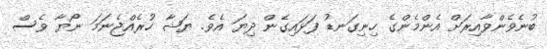
ބުނެވެންވާއިރަށް އެންމެންގެ ހިނިގަނޑު ފަޅައިގެން ދިޔަ އެވެ. ޔަޝާ ހުރެއްޖެނަމަ ނޯޔާ ވެސް